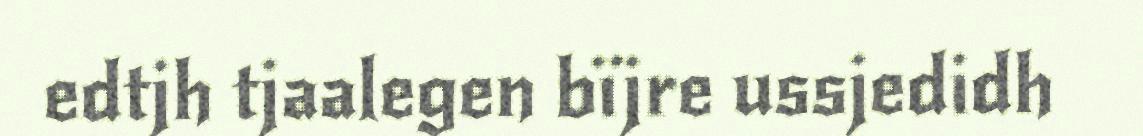
edtjh tjaalegen bïjre ussjedidh